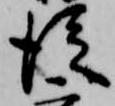
従